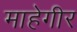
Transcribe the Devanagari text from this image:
माहेगीर